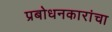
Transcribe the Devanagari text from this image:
प्रबोधनकारांचा